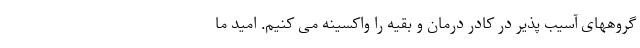
گروههای آسیب پذیر در کادر درمان و بقیه را واکسینه می کنیم. امید ما